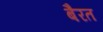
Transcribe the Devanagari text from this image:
बैरत